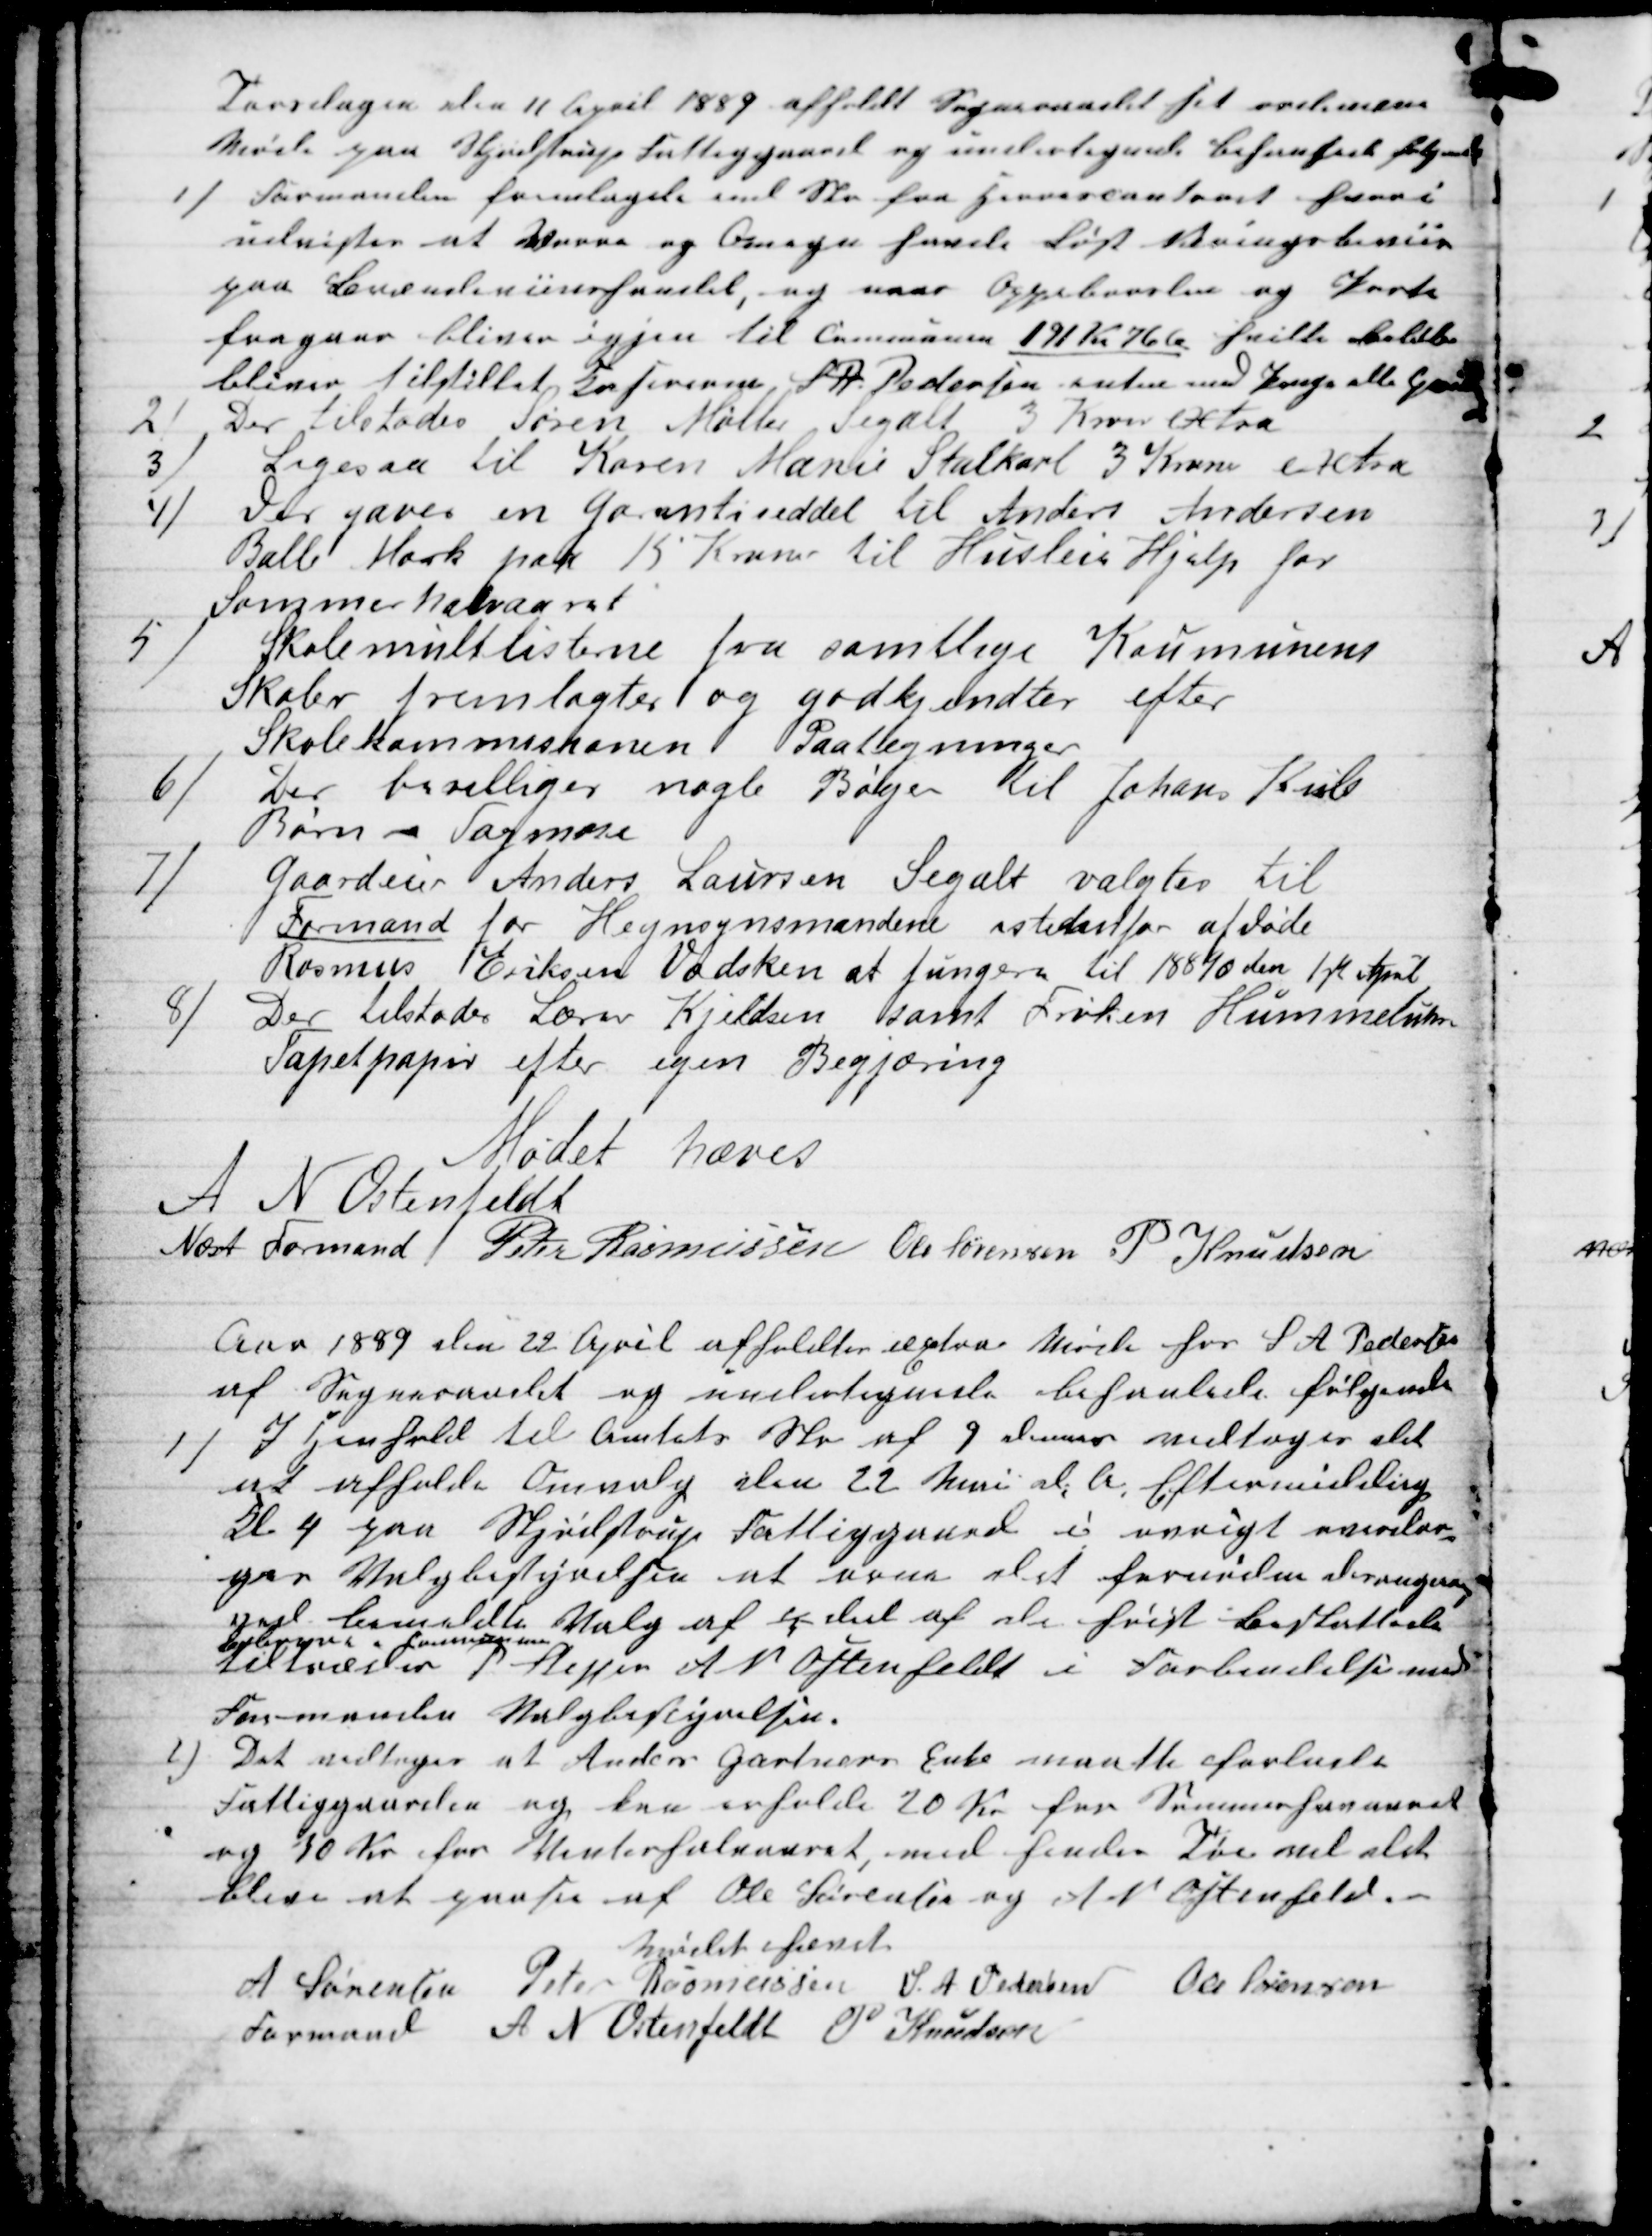
Transskription:
Torsdagen den 11 April 1889 afholdt Sogneraadet sit ordinære
Møde paa Skjødstrup Fattiggaard og undertegnede behanlede følgende
1)
Formanden fremlagde end Skr fra Herrescontoret hvori
udvistes at Vorre og Omegn havde Løst Næringsbeviis
paa Brændevinshandel, og naar Oppebooslen og Poste
fragaar bliver igjen til Communen 191 Kr 76 Ø hvilke beløb
bliver tilstillet Kasereren S A. Pedersen enten med Penge alle Qui
2)
Der tilstodes Søren Møller Segalt 3 Krone extra
3)
Ligesaa til Karen Marie Stalkarl 3 Kroner extra
4)
Der gaves en Garantiseddel til Anders Andersen
Balle Mark paa 15 Kroner til Husleie Hjelp for
Sommerhalvaaret
5)
Skolemulklisterne fra samtlige Kommunens
Skoler fremlagtes og godkjendtes efter
Skolekommissionen Paategninger
6)
Der bevilliges nogle Bøger til Johans Kiils
Børn i Tagmose
7)
Gaardeier Anders Laursen Segalt valgtes til
Formand for Hegnsynsmændene istedetfor afdøde
Rasmus Eriksen Vadsken at fungere til 18890 den 1st April
8)
Der tilstodes Lærer Kjeldsen samt Frøken Hummeluhr
Tapetpapir efter egen Begjæring
Mødet hævet
A N Ostenfeldt
Næst Formand 
Peter Rasmussen Ole Sørensen P Knudsen
Aar 1889 den 22 April afholdtes æxtra Møde hos S. A. Pedersen
af Sogneraadet og undertegnede behanlede følgende
1)
) I Henhold til Amtets Skr af 9 dennes vedtoges det
at afholde Omvalg den 22 Mai d. A. Eftermiddag
Kl 4 paa Skjødstrup Fattiggaard i øvrigt overdro-
ges Valgbestyrelsen at orne det fornødne desangaaende
ved bemeldte Valg af 1/5 deel af de høist beskattede
Beboere i Communen
tiltræder P Skipper A N Ostenfeldt i Forbindelse med
Formanden Valgbestyrelsen.
2)
Det vedtoges at Anders Gartners Enke maatte forlade
Fattiggaarden og kan erholde 20 Kr for Sommerhavaaret
og 30 Kr for Vinterhalvaaret, med hendes Tøi vil det
blive at paase af Ole Sørensen og A N Ostenfeld.
Mødet hævet
A Sørensen 
Formand 
Peter Rasmussen S. A. Pedersen Ole Sørensen
 A N Ostenfeldt P Knudsen